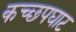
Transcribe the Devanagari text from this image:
कच्छपघाट